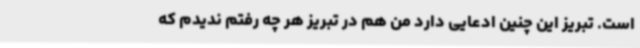
است. تبریز این چنین ادعایی دارد من هم در تبریز هر چه رفتم ندیدم که